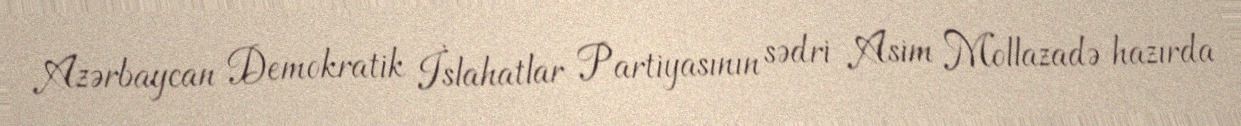
Azərbaycan Demokratik İslahatlar Partiyasının sədri Asim Mollazadə hazırda